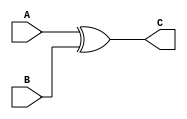
//================================================================--
// Design Unit	: lab0 (behaviour)
//
//
// Purpose	: 2 input xor gate
//
// Note		:
//
// Limitations	:
//
// Errors	: none known
//
// Library 	: none
//
// Dependences	: none
//
//
// Environmant	: Icarus
//-------------------------------------------------------------------
// Revision List	
// Version	Author	Date	Changes
// 1.0		PW	Sept 10 New version
// 1.1		PW	June 20 2013 review
//================================================================--

module lab0 (C, A, B); 

   output reg C;
   input wire A, B;

   always @(A, B) begin
      C = A ^ B;
   end

endmodule